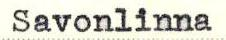
Savonlinna